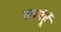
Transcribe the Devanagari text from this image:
सपनेहूँ